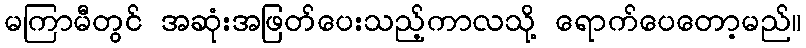
မကြာမီတွင် အဆုံးအဖြတ်ပေးသည့်ကာလသို့ ရောက်ပေတော့မည်။